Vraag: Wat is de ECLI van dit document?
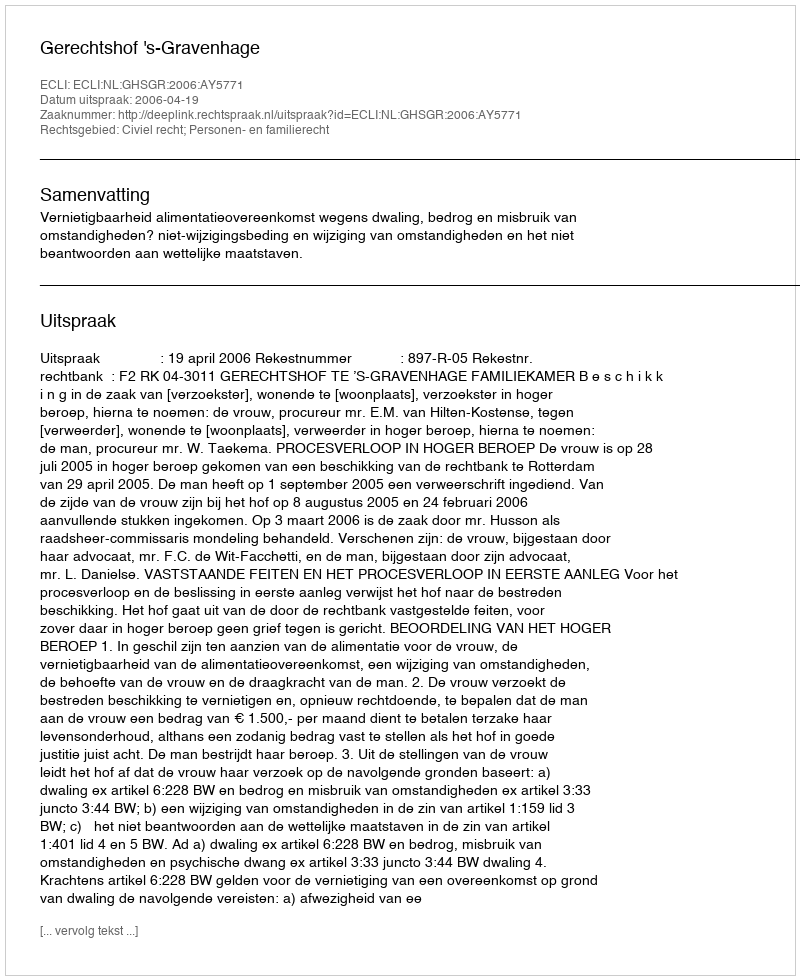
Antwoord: ECLI:NL:GHSGR:2006:AY5771